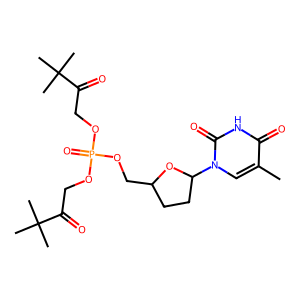
SMILES: Cc1cn(C2CCC(COP(=O)(OCC(=O)C(C)(C)C)OCC(=O)C(C)(C)C)O2)c(=O)[nH]c1=O
Inhibits HIV replication: Yes